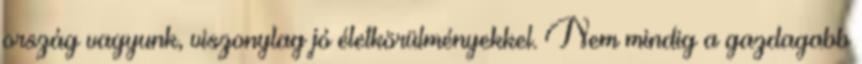
ország vagyunk, viszonylag jó életkörülményekkel. Nem mindig a gazdagabb